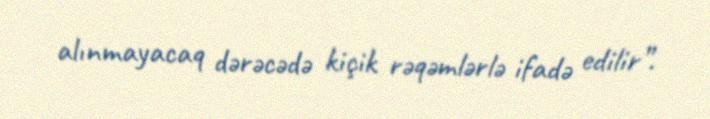
alınmayacaq dərəcədə kiçik rəqəmlərlə ifadə edilir”.